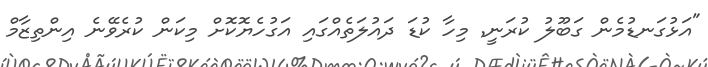
"އަޅުގަނޑުމެން ގަބޫލު ކުރަނީ